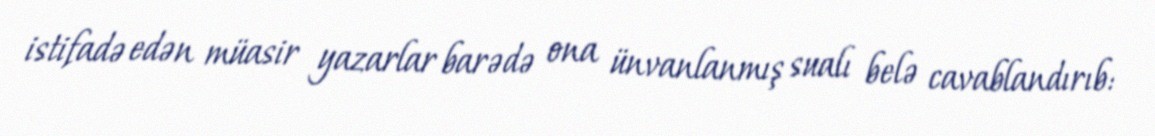
istifadə edən müasir yazarlar barədə ona ünvanlanmış sualı belə cavablandırıb: